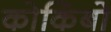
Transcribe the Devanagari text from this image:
कोकिंबो